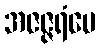
အဇဇ္ဇရံပေ